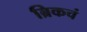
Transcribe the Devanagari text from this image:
ब्रिकचं